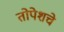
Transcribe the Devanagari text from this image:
तोपेशचे